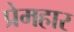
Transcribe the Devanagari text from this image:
प्रेमहार